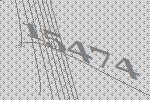
15474